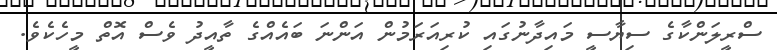
ސްރީލަންކާގެ ސިޔާސީ މައިދާނުގައި ކުރިއަރަމުން އަންނަ ބައެއްގެ ތާއީދު ވެސް އޮތް މީހެކެވެ.